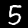
Label: 5